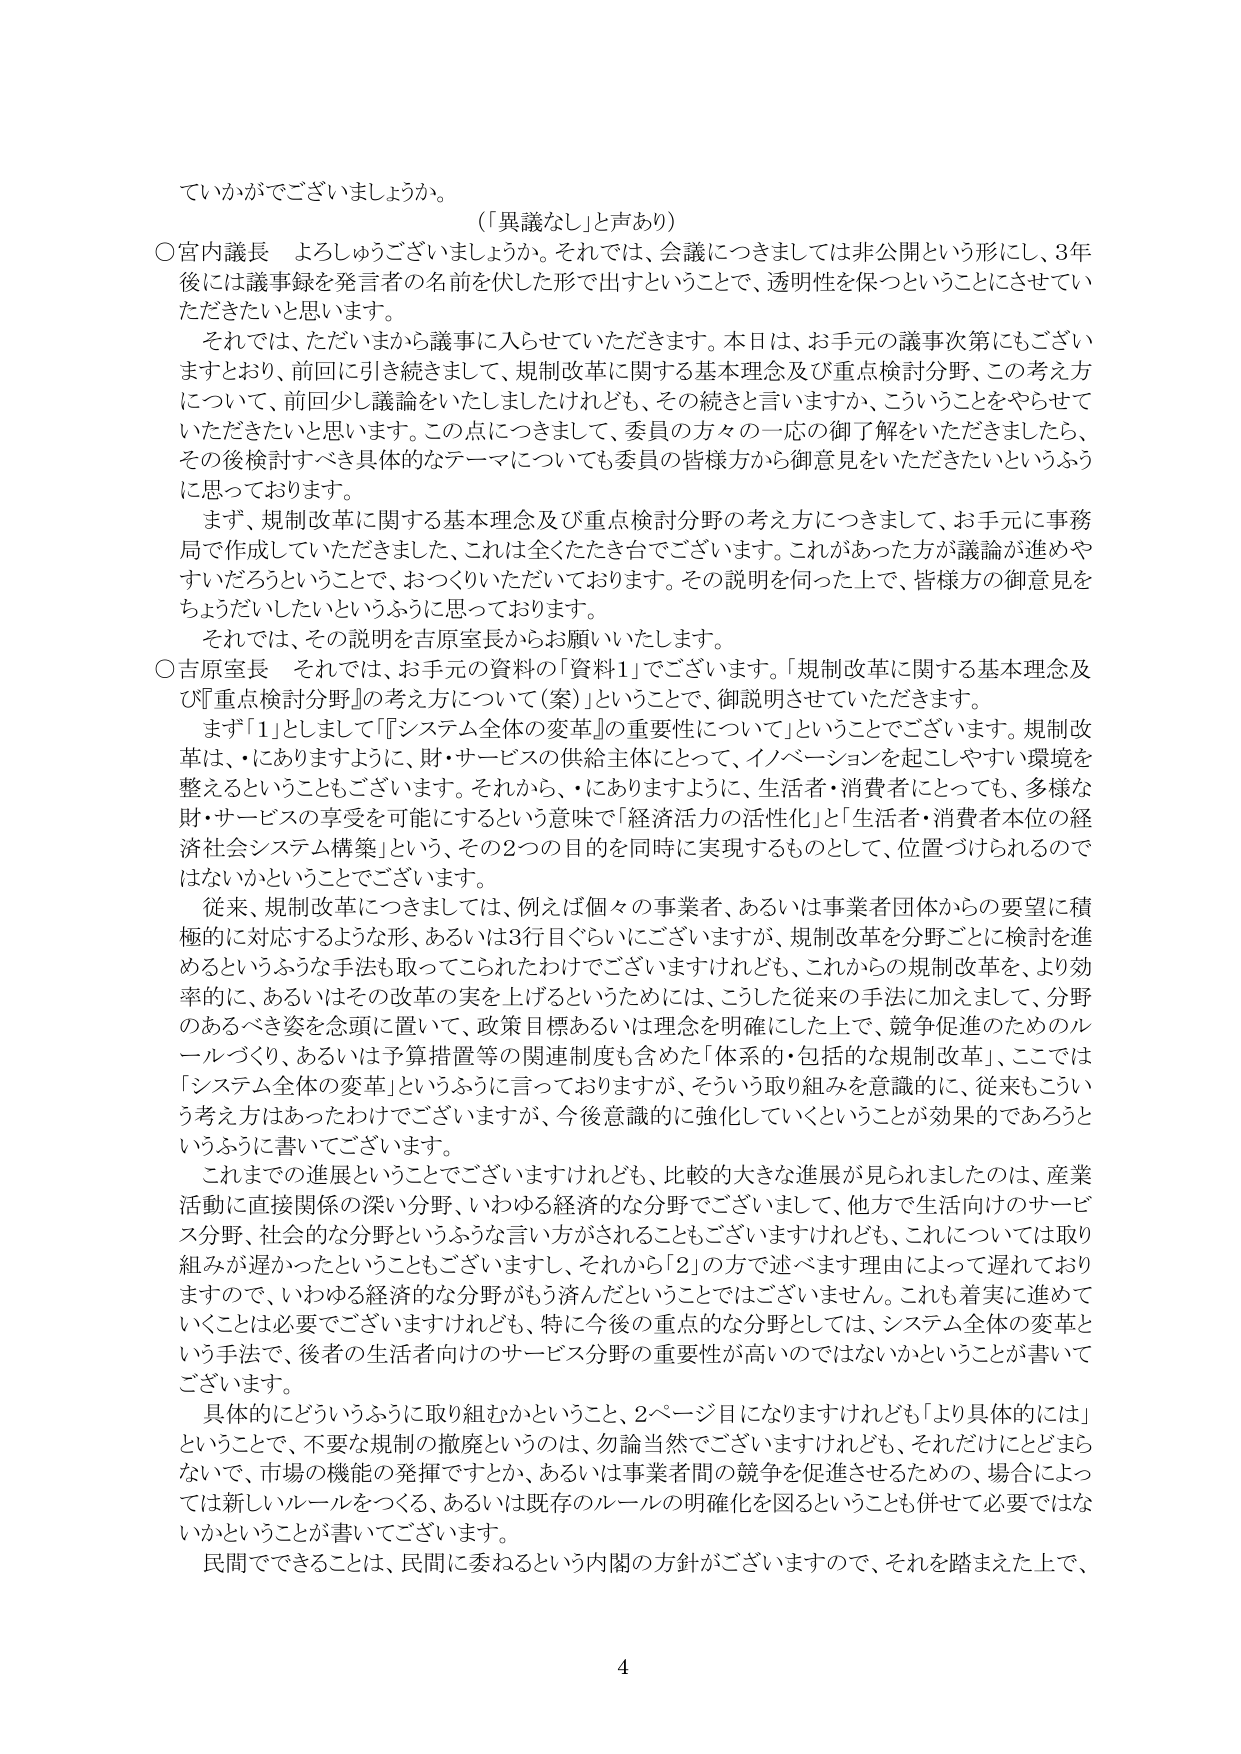
ていかがでございましょうか。
（「異議なし」と声あり）
○宮内議長 よろしゅうございましょうか。それでは、会議につきましては非公開という形にし、3年
後には議事録を発言者の名前を伏せた形で出すということで、透明性を保つということにさせてい
ただきたいと思います。
　それでは、ただいまから議事に入らせていただきます。本日は、お手元の議事次第にもござい
ますとおり、前回に引き続きまして、規制改革に関する基本理念及び重点検討分野、この考え方
について、前回少し議論をいたしましたけれども、その続きと言いますか、こういうことをやらせて
いただきたいと思います。この点につきまして、委員の方々の一応の御了解をいただきましたら、
その後検討すべき具体的なテーマについても委員の皆様方から御意見をいただきたいというふう
に思っております。
　まず、規制改革に関する基本理念及び重点検討分野の考え方につきまして、お手元に事務
局で作成していただきました、これは全くたたき台でございます。これがあった方が議論が進めや
すいだろうということで、おつくりいただいております。その説明を伺った上で、皆様方の御意見を
ちょうだいしたいというふうに思っております。
　それでは、その説明を吉原室長からお願いいたします。
○吉原室長 それでは、お手元の資料の「資料1」でございます。「規制改革に関する基本理念及
び『重点検討分野』の考え方について（案）」ということで、御説明させていただきます。
　まず「1」としまして「『システム全体の変革』の重要性について」ということでございます。規制改
革は、・にありますように、財・サービスの供給主体にとって、イノベーションを起こしやすい環境を
整えるということもございます。それから、・にありますように、生活者・消費者にとっても、多様な
財・サービスの享受を可能にするという意味で「経済活力の活性化」と「生活者・消費者本位の経
済社会システム構築」という、その2つの目的を同時に実現するものとして、位置づけられるので
はないかということでございます。
　従来、規制改革につきましては、例えば個々の事業者、あるいは事業者団体からの要望に積
極的に対応するような形、あるいは3行目ぐらいにございますが、規制改革を分野ごとに検討を進
めるというふうな手法も取ってこられたわけでございますけれども、これからの規制改革を、より効
率的に、あるいはその改革の実を上げるというためには、こうした従来の手法に加えまして、分野
のあるべき姿を念頭に置いて、政策目標あるいは理念を明確にした上で、競争促進のためのル
ールづくり、あるいは予算措置等の関連制度も含めた「体系的・包括的な規制改革」、ここでは
「システム全体の変革」というふうに言っておりますが、そういう取り組みを意識的に、従来こういう
考え方があったわけでございますが、今後意識的に強化していくということが効果的であろうと
いうふうに書いてございます。
　これまでの進展ということでございますけれども、比較的大きな進展が見られたのは、産業
活動に直接関係の深い分野、いわゆる経済的な分野でございまして、他方で生活向けのサービ
ス分野、社会的な分野というふうな言い方がされることもございますけれども、これについては取り
組みが遅かったということもございますし、それから「2」の方で述べます理由によって遅れており
ますので、いわゆる経済的な分野がもう済んだということではございません。これも着実に進めて
いくことは必要でございますけれども、特に今後の重点的な分野としては、システム全体の変革と
いう手法で、後者の生活者向けのサービス分野の重要性が高いのではないかということが書いて
ございます。
　具体的にどういうふうに取り組むかということ、2ページ目になりますけれども「より具体的には」
ということで、不要な規制の撤廃というのは、勿論当然でございますけれども、それだけにとどまら
ないで、市場の機能の発揮ですとか、あるいは事業者間の競争を促進させるための、場合によっ
ては新しいルールをつくる、あるいは既存のルールの明確化を図るということも併せて必要ではな
いかということが書いてございます。
　民間でできることは、民間に委ねるという内閣の方針がございますので、それを踏まえた上で、
4